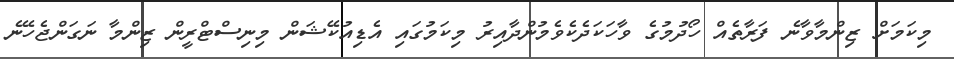
މިކަމަށް ޒިންމާވާނެ ފަރާތެއް ހޯދުމުގެ ވާހަކަދެކެވެމުންދާއިރު މިކަމުގައި އެޑިއުކޭޝަން މިނިސްޓްރީން ޒިންމާ ނަގަންޖެހޭނެ